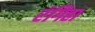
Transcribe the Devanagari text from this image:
रंगिहा